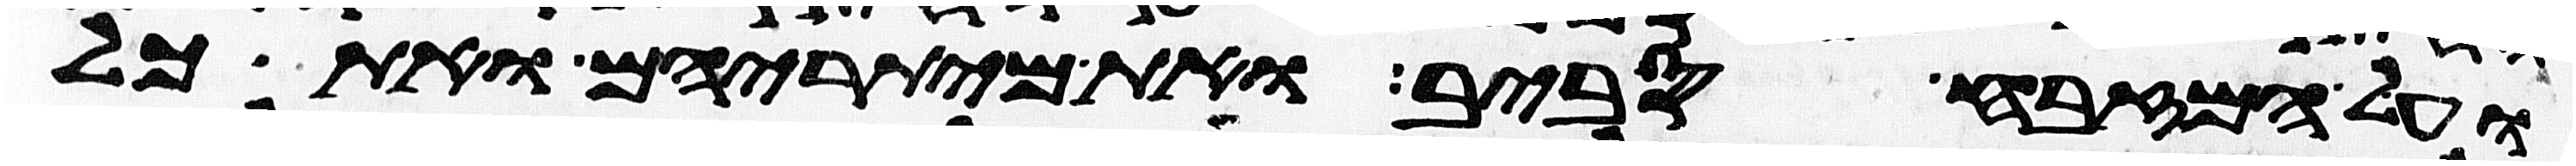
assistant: ועל המזבח סביב ואת מיתריהם ואת כל